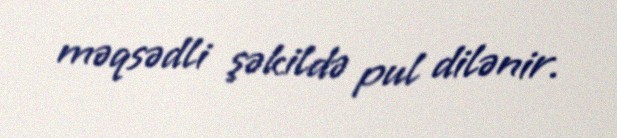
məqsədli şəkildə pul dilənir.